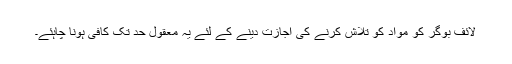
لائف بوگر کو مواد کو تلاش کرنے کی اجازت دینے کے لئے یہ معقول حد تک کافی ہونا چاہئے۔